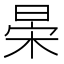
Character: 𣇆